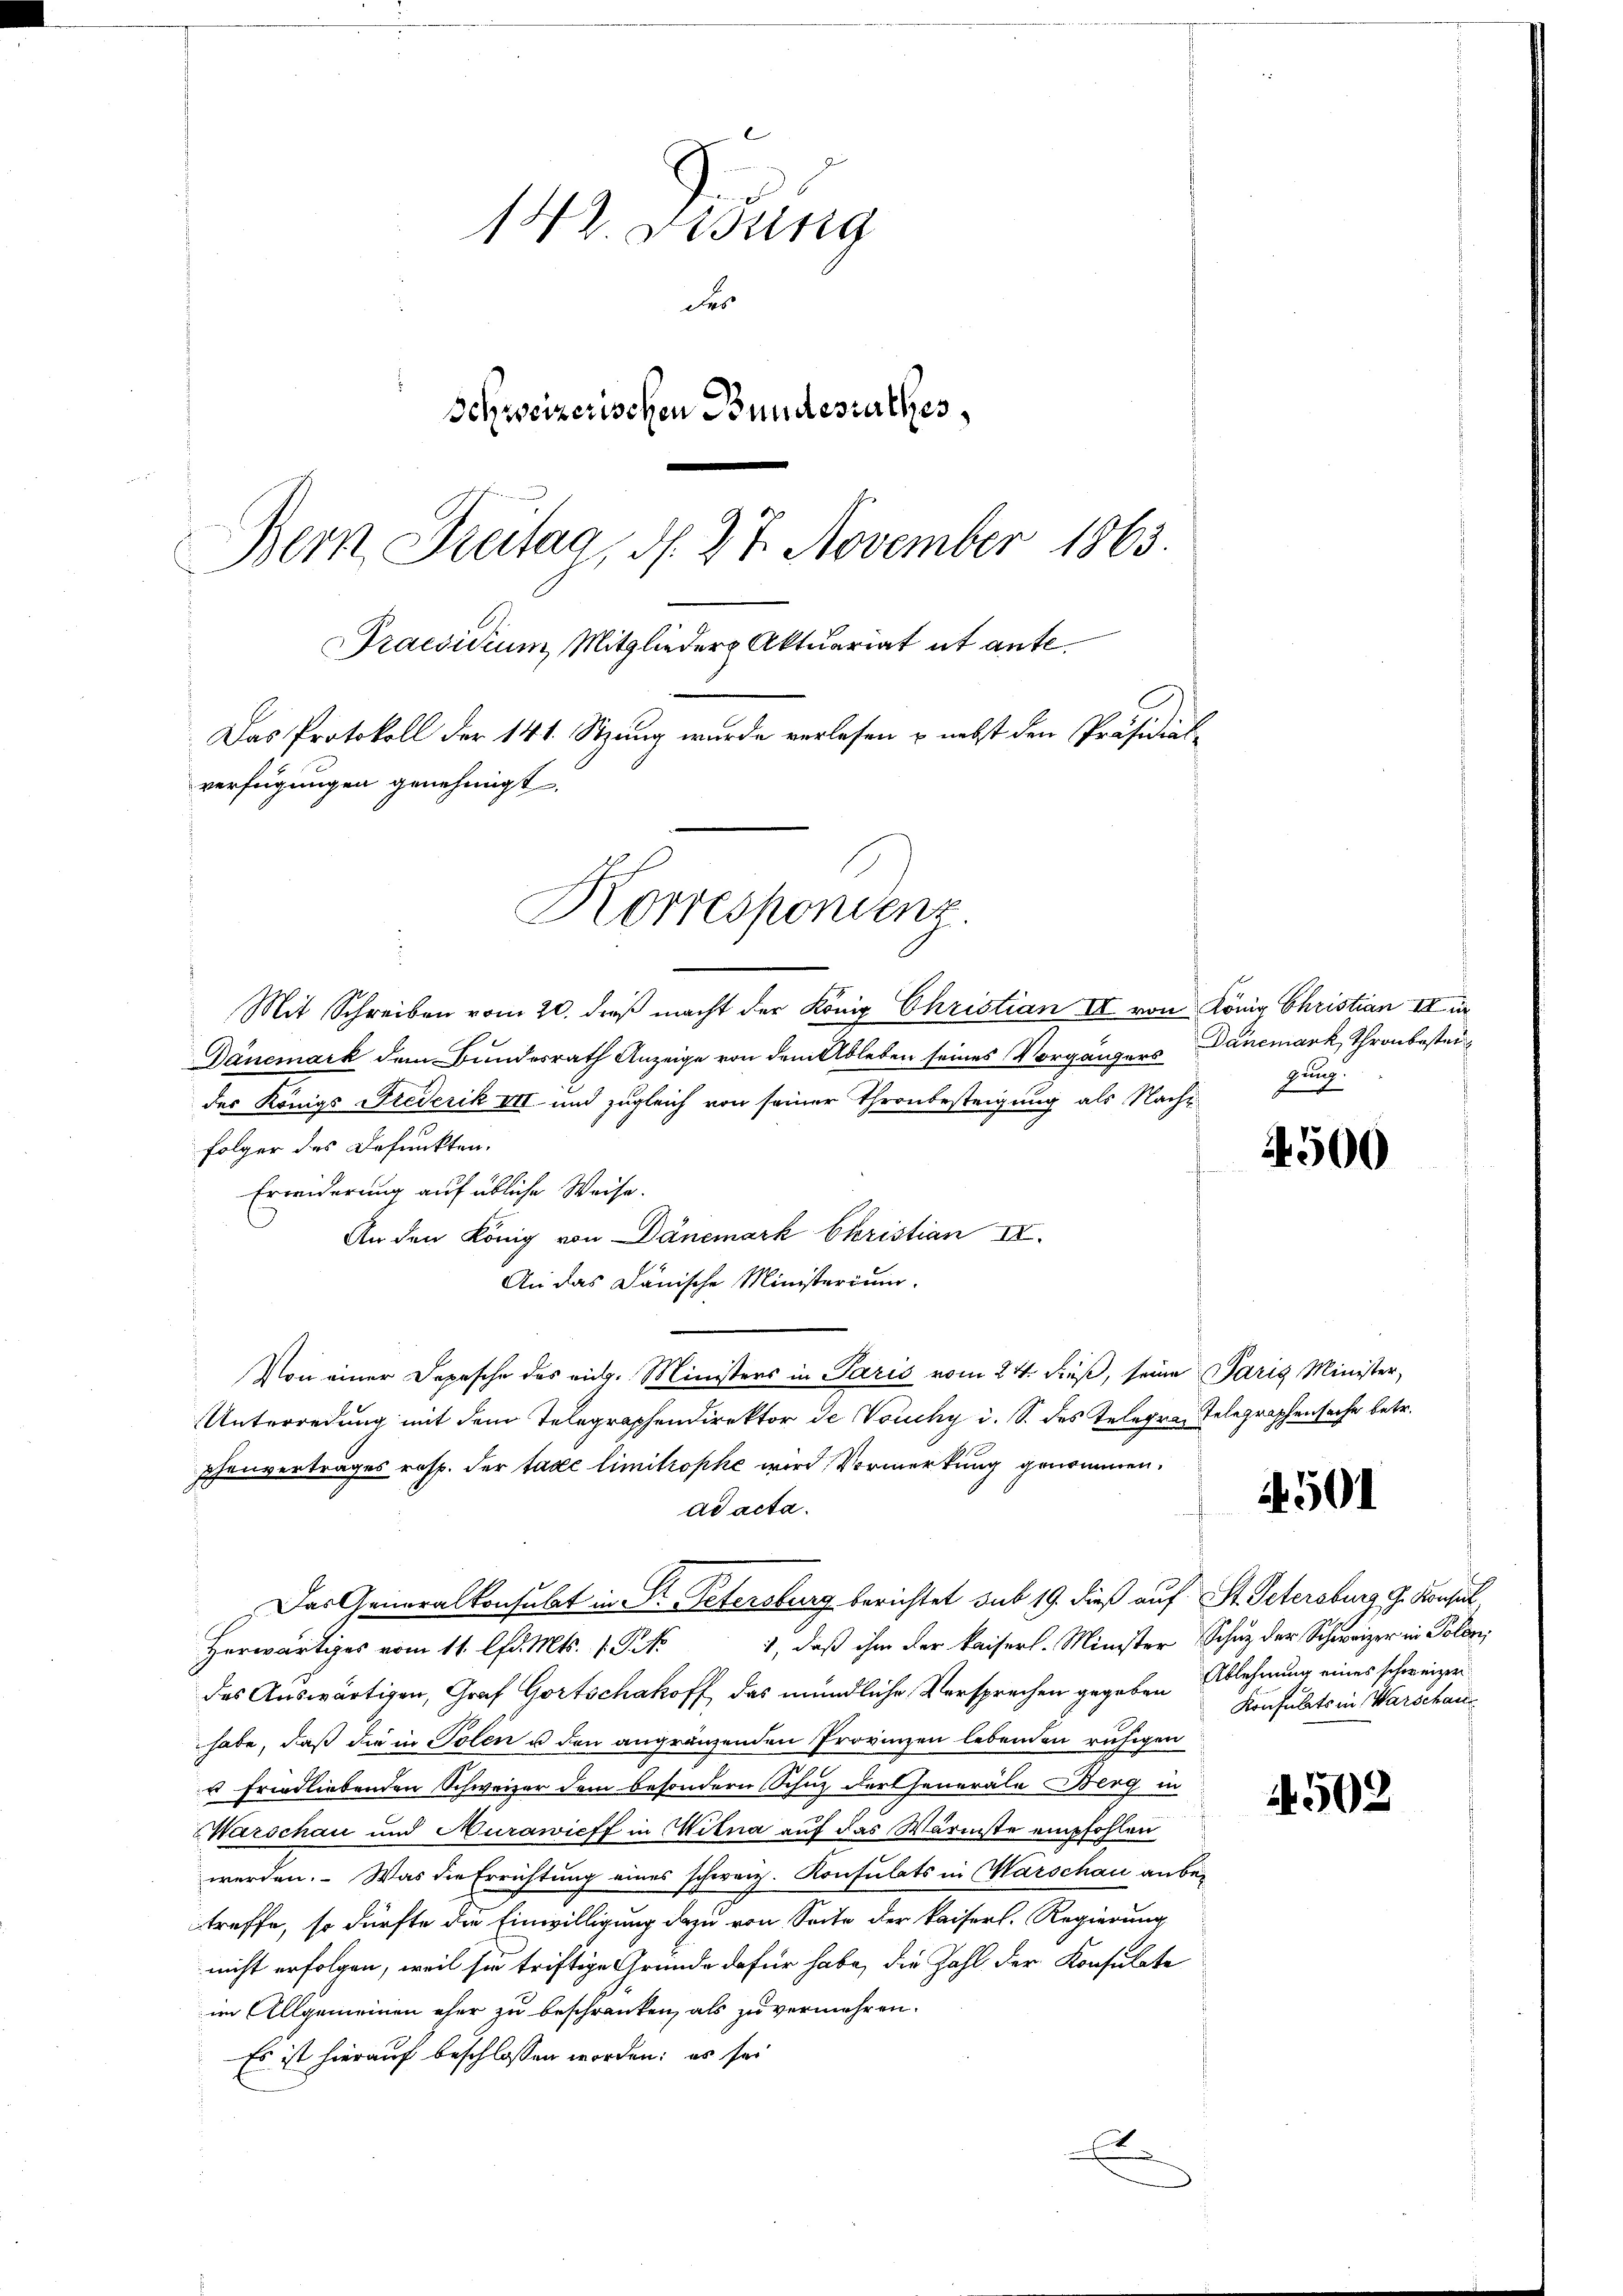
142. Visung
der
Schweizerischen Bundesrathes,
Bern Dreitag, d. 27. November 1863.
Praesidium Mitglieder Aktuariat ut ante¬
Das Protokoll der 141. Sitzung wurde verlesen & nebst den Präsidialverfügungen genehmigt.
Korrespondenz

Mit Schreiben vom 20. dieß macht der König Christian II von König Christian III in
Dánemark dem Bundesrath Anzeige von dem Ableben seines Vorgängers Danemark, Thronbestei
der Königs Frederik VII und zugleich von seiner Thronbesteigung als Nachs
folger des Defunkten.
Erwiderung auf übliche Weise.
An den König von Dänemark Christian IV.
An das Janische Ministerium.
Von einer Depesche des eidg. Ministers in Paris vom 24. dieß, seine Paris Minister,
Unterredung mit dem Telegraphendirektor de Vouchy i. S. des Telegra Telegraphensache betr.
phenvertrages resp. der tage limitrophe wird Vormerkung genommen.
ad acta.
Das Generalkonsulat in St. Petersburg berichtet sub 19. dieß auf St. Petersburg g. Konsul,
1, daß ihm der kaiserl. Minister Schutz der Schweizer in Polen,
Herwärtiges vom 11. lfd. Mts. 1 Pk
des Auswärtigen, Graf Gortschakoff, das mündliche Versprechen gegeben Ablehnung eines schweizer
habe, daß die in Polen u den angränzenden Provinzen lebenden ruhigen
u friedliebenden Schweizer dem besondern Schutz der Generale Berg in
Warschau und Aurawieff in Mitna auf das Wärmste empfohlen
werden. Was die Errichtung eines schweiz. Konsulats in Warschau anbetreffe, so dürfte die Einwilligung dazu von Seite der kaiserl. Regierung
nicht erfolgen, weil sie triftige Gründe dafür habe, die Zahl der Konsulate
im Allgemeinen eher zu beschränken, als zu vermehren.
Es ist hierauf beschlossen worden: es sei
4
d

gung.

4500

4501

Konsulats in Warschau

4502